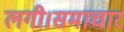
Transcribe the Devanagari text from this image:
लगी।समाचार